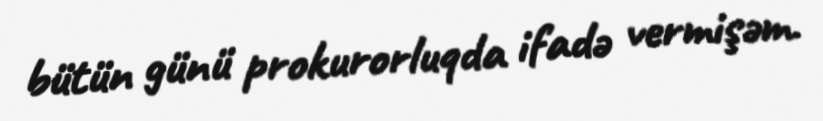
bütün günü prokurorluqda ifadə vermişəm.